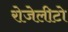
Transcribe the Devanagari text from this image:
रोजेलीटो